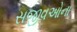
સજીવઓના